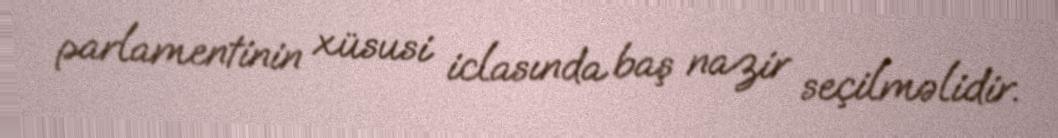
parlamentinin xüsusi iclasında baş nazir seçilməlidir.